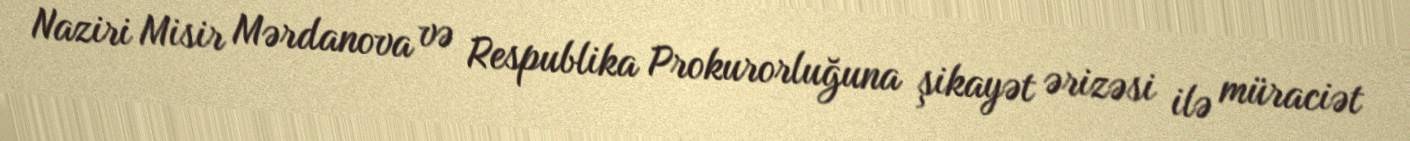
Naziri Misir Mərdanova və Respublika Prokurorluğuna şikayət ərizəsi ilə müraciət